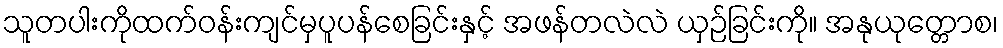
သူတပါးကိုထက်ဝန်းကျင်မှပူပန်စေခြင်းနှင့် အဖန်တလဲလဲ ယှဉ်ခြင်းကို။ အနုယုတ္တောစ၊